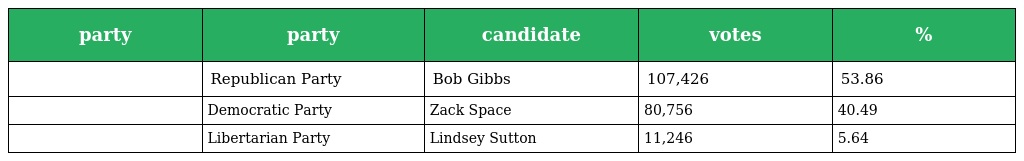
| party | party | candidate | votes | % |
 | --- | --- | --- | --- | --- |
 |  | Republican Party | Bob Gibbs | 107,426 | 53.86 |
 |  | Democratic Party | Zack Space | 80,756 | 40.49 |
 |  | Libertarian Party | Lindsey Sutton | 11,246 | 5.64 |